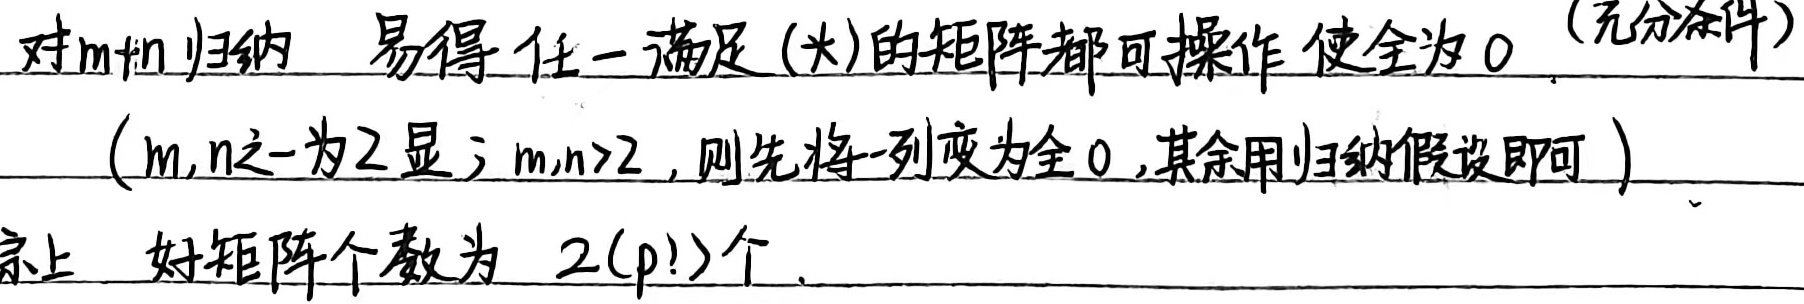
对 \(m + n\) 归纳，易得任一满足 (*) 的矩阵都可操作使全为 \(0\)（充分条件）。（\(m,n\) 之一为 \(2\) 显；\(m,n > 2\)，则先将一列变为全 \(0\)，其余用归纳假设即可）综上，好矩阵个数为 \(2(p!)\) 个。